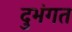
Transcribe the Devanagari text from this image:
दुभंगत